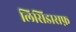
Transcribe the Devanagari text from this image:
लिसिडासफ़